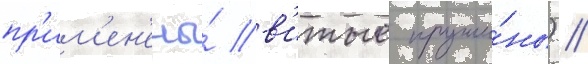
пр'им'ен'ены́ в'итые пружи́ны) /